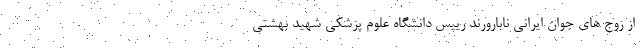
از زوج های جوان ایرانی نابارورند رییس دانشگاه علوم پزشکی شهید بهشتی